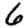
Digit: 6